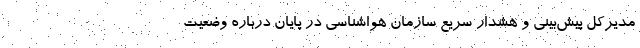
مدیرکل پیش‌بینی و هشدار سریع سازمان هواشناسی در پایان درباره وضعیت